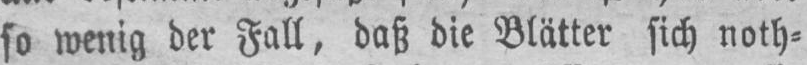
so wenig der Fall, daß die Blätter sich noth⸗